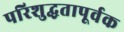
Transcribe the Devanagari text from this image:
परिशुद्धतापूर्वक